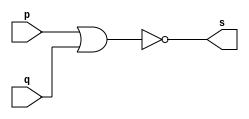
// Exercicio 02 - NOR
// Nome: Victor Raphael Machado de Amorim
// -------------------------

// -------------------------
// -- nor gate
// -------------------------
module norgate (output s, input p, input q);
	assign s = ( ~(p|q));
	
endmodule // norgate

// -------------------------
// -- test norgate
// -------------------------
module testnorgate;
// ------------------------- dados locais
	reg a, b; // definir registrador
				// (variavel independente)
	wire s; // definir conexao (fio)
				// (variavel dependente )
// ------------------------- instancia
	norgate NOR1 (s, a, b);
// ------------------------- preparacao
	initial begin:start
					// atribuicao simultanea
					// dos valores iniciais
	 a=0; b=0;
	end
// ------------------------- parte principal
 initial begin:main
		// execucao unitaria
	$display("Exercicio 02 - Victor Raphael Machado de Amorim - 420147");
	$display("Test NOR gate:");
	$display("\na NOR b = s\n");
	$monitor("%b NOR %b = %b", a, b, s);

 #1 a=1;
 #1 a=0; b=1;
 #1 a=1; b=1;
 end
 
endmodule // testnorgate